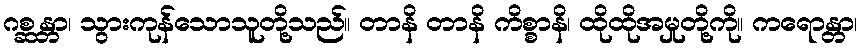
ဂစ္ဆန္တာ၊ သွားကုန်သောသူတို့သည်။ တာနိ တာနိ ကိစ္စာနိ၊ ထိုထိုအမှုတို့ကို။ ကရောန္တာ၊